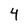
Character: 4